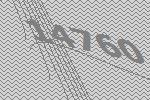
14760